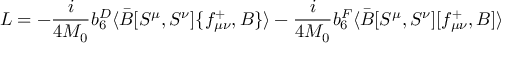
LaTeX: { \cal L } = - \frac { i } { 4 M _ { 0 } } b _ { 6 } ^ { D } \langle \bar { B } [ S ^ { \mu } , S ^ { \nu } ] \{ f _ { \mu \nu } ^ { + } , B \} \rangle - \frac { i } { 4 M _ { 0 } } b _ { 6 } ^ { F } \langle \bar { B } [ S ^ { \mu } , S ^ { \nu } ] [ f _ { \mu \nu } ^ { + } , B ] \rangle